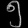
Digit: ၅